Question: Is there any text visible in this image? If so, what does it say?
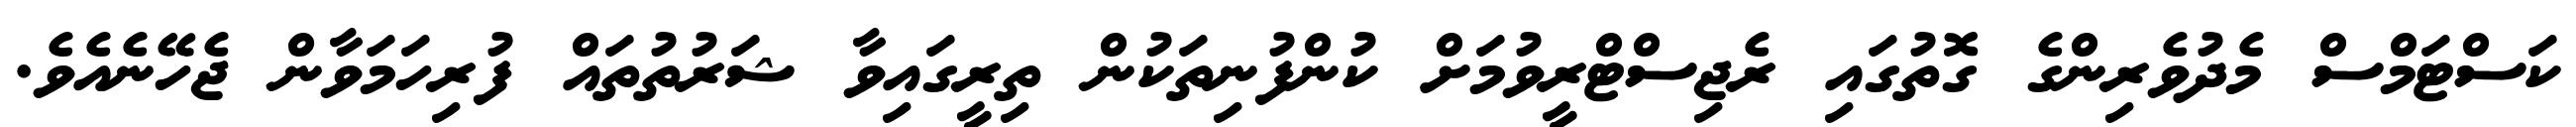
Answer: ކަސްޓަމްސް މެދުވެރިންގެ ގޮތުގައި ރެޖިސްޓްރީވުމަށް ކުންފުނިތަކުން ތިރީގައިވާ ޝަރުތުތައް ފުރިހަމަވާން ޖެހޭނެއެވެ.